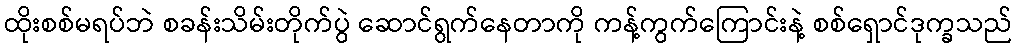
ထိုးစစ်မရပ်ဘဲ စခန်းသိမ်းတိုက်ပွဲ ဆောင်ရွက်နေတာကို ကန့်ကွက်ကြောင်းနဲ့ စစ်ရှောင်ဒုက္ခသည်